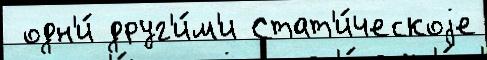
 одн'и́ друг'и́м'и Стат'и́ческоjе